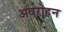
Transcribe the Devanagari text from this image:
अवरोहन